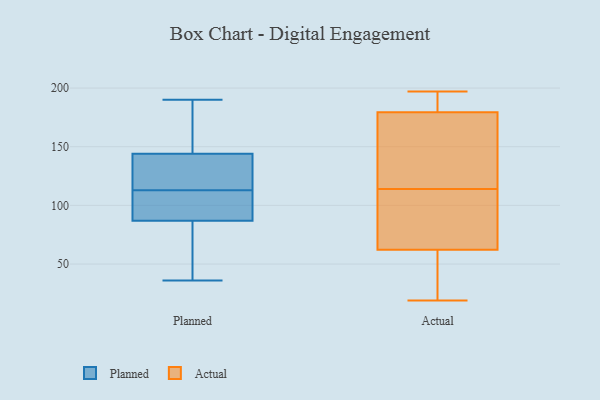
{"axis": {"x": "LTV (USD)", "y": "Value"}, "legend": ["Actual", "Planned"], "data": [{"x": "", "y": 36, "type": "Planned"}, {"x": "", "y": 117, "type": "Planned"}, {"x": "", "y": 63, "type": "Planned"}, {"x": "", "y": 155, "type": "Planned"}, {"x": "", "y": 87, "type": "Planned"}, {"x": "", "y": 87, "type": "Planned"}, {"x": "", "y": 132, "type": "Planned"}, {"x": "", "y": 98, "type": "Planned"}, {"x": "", "y": 110, "type": "Planned"}, {"x": "", "y": 109, "type": "Planned"}, {"x": "", "y": 50, "type": "Planned"}, {"x": "", "y": 155, "type": "Planned"}, {"x": "", "y": 57, "type": "Planned"}, {"x": "", "y": 190, "type": "Planned"}, {"x": "", "y": 149, "type": "Planned"}, {"x": "", "y": 120, "type": "Planned"}, {"x": "", "y": 120, "type": "Planned"}, {"x": "", "y": 148, "type": "Planned"}, {"x": "", "y": 113, "type": "Planned"}, {"x": "", "y": 40, "type": "Actual"}, {"x": "", "y": 182, "type": "Actual"}, {"x": "", "y": 85, "type": "Actual"}, {"x": "", "y": 152, "type": "Actual"}, {"x": "", "y": 182, "type": "Actual"}, {"x": "", "y": 114, "type": "Actual"}, {"x": "", "y": 118, "type": "Actual"}, {"x": "", "y": 59, "type": "Actual"}, {"x": "", "y": 93, "type": "Actual"}, {"x": "", "y": 184, "type": "Actual"}, {"x": "", "y": 44, "type": "Actual"}, {"x": "", "y": 172, "type": "Actual"}, {"x": "", "y": 161, "type": "Actual"}, {"x": "", "y": 197, "type": "Actual"}, {"x": "", "y": 72, "type": "Actual"}, {"x": "", "y": 108, "type": "Actual"}, {"x": "", "y": 38, "type": "Actual"}, {"x": "", "y": 19, "type": "Actual"}, {"x": "", "y": 190, "type": "Actual"}]}